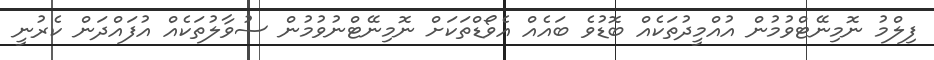
ފިލްމު ނޮމިނޭޓްވުމުން އުއްމީދުތަކެއް ބޮޑުވެ ބައެއް އެވޯޑްތަކަށް ނޮމިނޭޓްނުވުމުން ސުވާލުތަކެއް އުފައްދަން ކެރުނީ